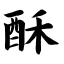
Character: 酥